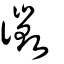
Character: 𧗲